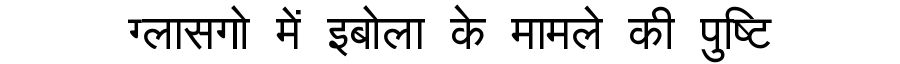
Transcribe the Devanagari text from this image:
ग्लासगो में इबोला के मामले की पुष्टि